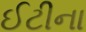
ઈટીના